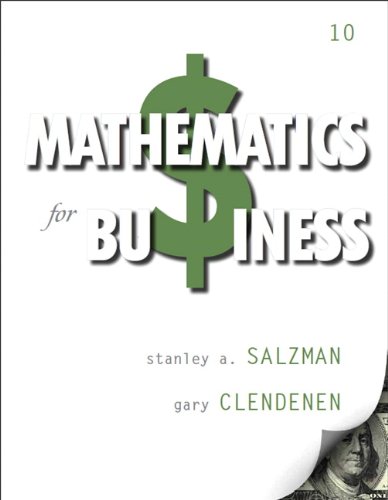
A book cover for Mathematics for Business (10th Edition); Stanley A. Salzman; Business & Money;